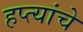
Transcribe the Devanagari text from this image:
हप्त्यांचे